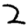
Digit: 2